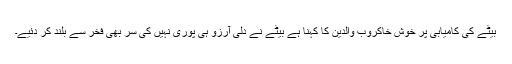
بیٹے کی کامیابی پر خوش خاکروب والدین کا کہنا ہے بیٹے نے دلی آرزو ہی پوری نہیں کی سر بھی فخر سے بلند کر دئیے۔